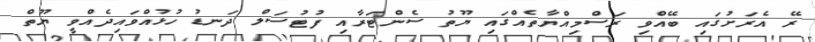
ރޭ އެރަށުގައި ބޭއްވި ރަސްމިއްޔާތެއްގައި ޔޫތު ސެންޓަރާއި ފުޓުސަލް ދަނޑު ހުޅުއްވައިދެއްވީ ޔޫތް